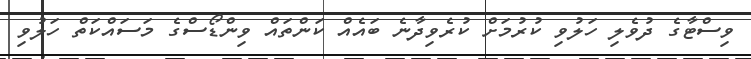
ވިސްޓާގެ ދުވެލި ހަލުވި ކުރުމަށް ކުރެވިދާނެ ބައެއް ކަންތައް ވިންޑޯސްގެ މަސައްކަތް ހަލުވި